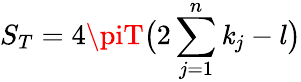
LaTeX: S_{T}=4\piT\bigl(2\sum_{j=1}^{n}\mathit{k}_{j}-l\bigr)